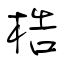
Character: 梏